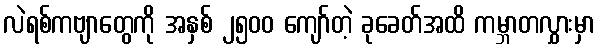
လဲရစ်ကဗျာတွေကို အနှစ် ၂၅၀၀ ကျော်တဲ့ ခုခေတ်အထိ ကမ္ဘာတလွှားမှာ